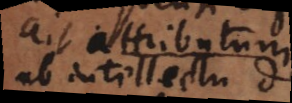
per attributum